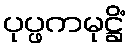
ပုပ္ဖကမုဋ္ဌိံ